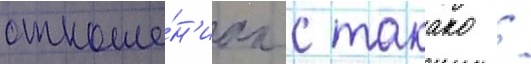
отноше́н'иах с такако /